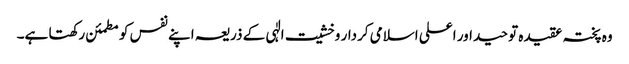
وہ پختہ عقیدہ توحید اور اعلی اسلامی کردار وخشیت الٰہی کے ذریعہ اپنے نفس کو مطمئن رکھتا ہے۔